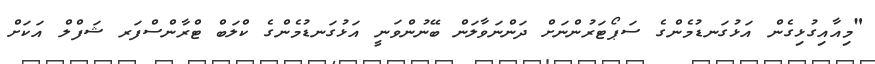
"މިއާއިގުޅިގެން އަޅުގަނޑުމެންގެ ސަޕޯޓަރުންނަށް ދަންނަވާލަން ބޭނުންވަނީ އަޅުގަނޑުމެންގެ ކްލަބް ޓްރާންސްފަރ ޝަފްލް އަކަށް